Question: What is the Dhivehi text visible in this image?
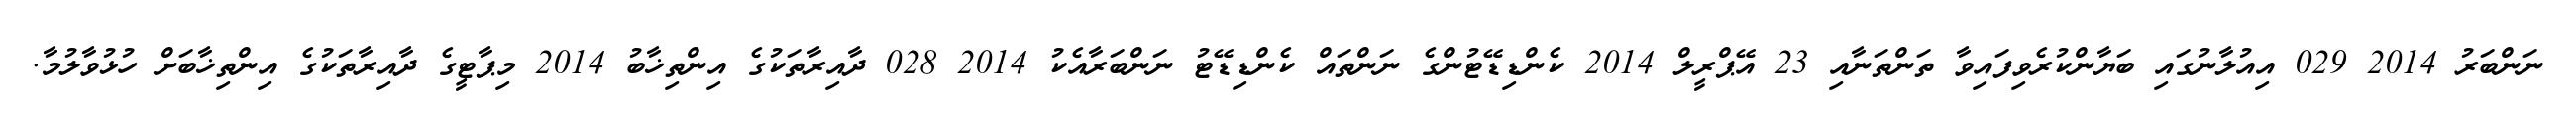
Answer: ނަންބަރު 2014 029 އިއުލާނުގައި ބަޔާންކުރެވިފައިވާ ތަންތަނާއި 23 އޭޕްރީލް 2014 ކެންޑިޑޭޓުންގެ ނަންތައް ކެންޑިޑޭޓު ނަންބަރާއެކު 2014 028 ދާއިރާތަކުގެ އިންތިޚާބު 2014 މިޕާޓީގެ ދާއިރާތަކުގެ އިންތިޚާބަށް ހުޅުވާލުމާ.